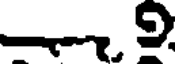
2